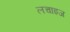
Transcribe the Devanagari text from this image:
लचाइज